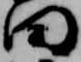
田